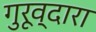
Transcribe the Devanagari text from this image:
गुरूव्‍दारा